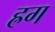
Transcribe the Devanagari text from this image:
ह्रग